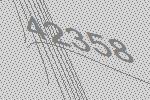
42358